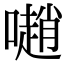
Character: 𡁻